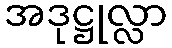
အဒုဋ္ဌုလ္လာ